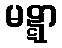
မဋ္ဋာ